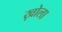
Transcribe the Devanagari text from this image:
ख़ोला